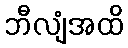
ဘီလျံအထိ